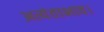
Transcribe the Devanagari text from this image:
अत्यंताभाव।